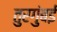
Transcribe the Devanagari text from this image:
तुरगुंबई